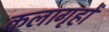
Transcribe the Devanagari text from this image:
कलागृहों